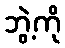
ဘွဲ့ကို